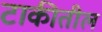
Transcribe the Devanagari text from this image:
टाकीतील